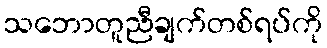
သဘောတူညီချက်တစ်ရပ်ကို